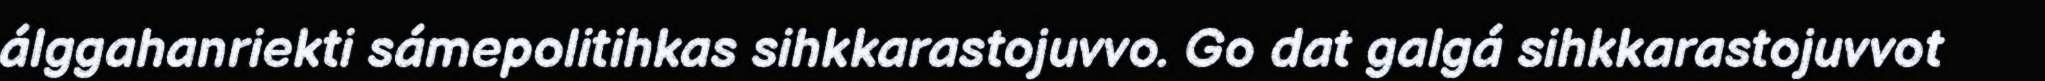
álggahanriekti sámepolitihkas sihkkarastojuvvo. Go dat galgá sihkkarastojuvvot